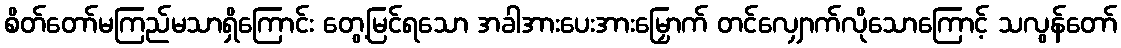
စိတ်တော်မကြည်မသာရှိကြောင်း တွေ့မြင်ရသော အခါအားပေးအားမြှောက် တင်လျှောက်လိုသောကြောင့် သလွန်တော်